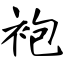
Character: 袍